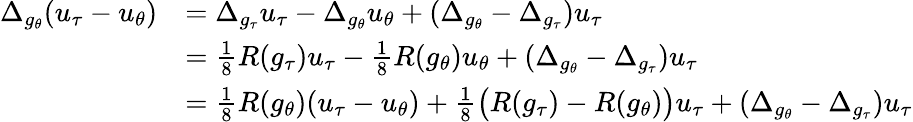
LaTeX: \begin{array}{rl}{\Delta_{g_{\theta}}(u_{\tau}-u_{\theta})}&{=\Delta_{g_{\tau}}u_{\tau}-\Delta_{g_{\theta}}u_{\theta}+(\Delta_{g_{\theta}}-\Delta_{g_{\tau}})u_{\tau}}\\ &{=\frac 18R(g_{\tau})u_{\tau}-\frac 18R(g_{\theta})u_{\theta}+(\Delta_{g_{\theta}}-\Delta_{g_{\tau}})u_{\tau}}\\ &{=\frac 18R(g_{\theta})(u_{\tau}-u_{\theta})+\frac 18\big(R(g_{\tau})-R(g_{\theta})\big)u_{\tau}+(\Delta_{g_{\theta}}-\Delta_{g_{\tau}})u_{\tau}}\end{array}